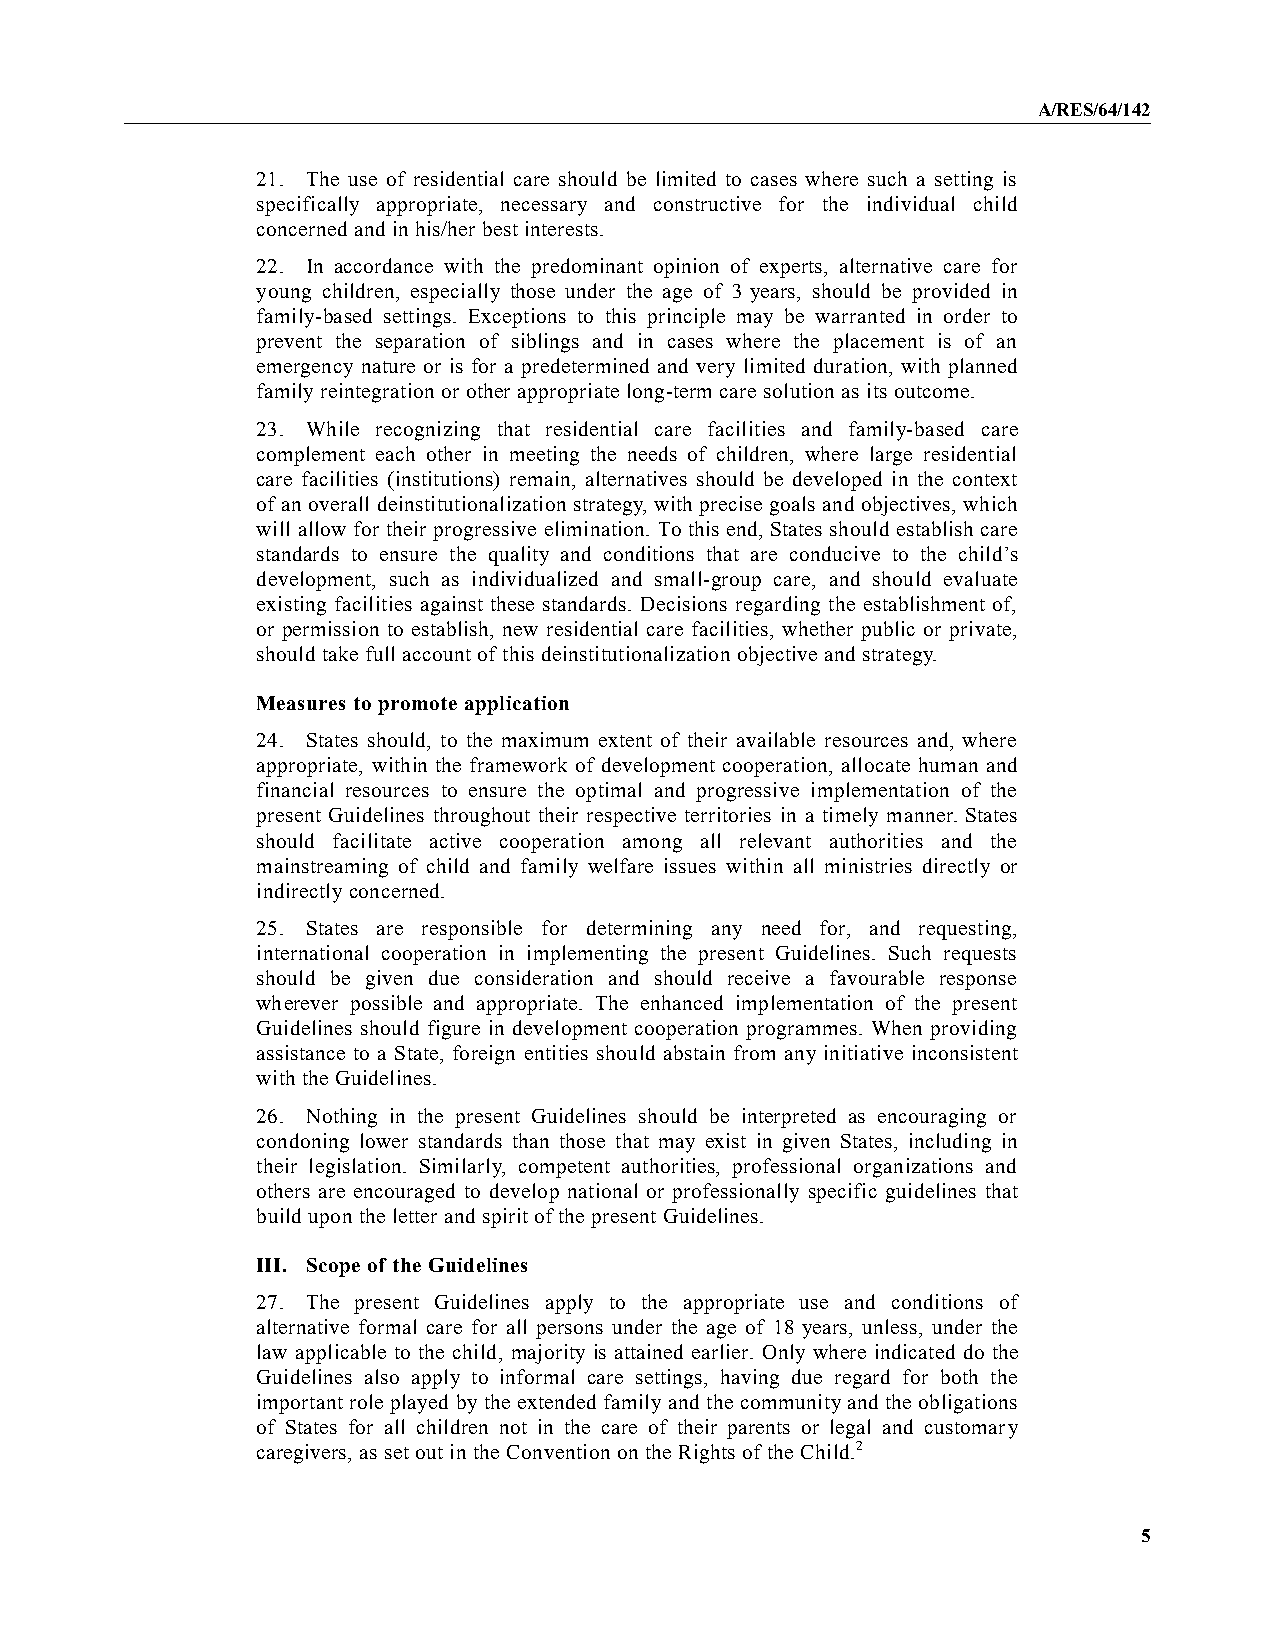
A/RES/64/142
 21. The use of residential care should be limited to cases where such a setting is
 specifically appropriate, necessary and constructive for the individual child
 concerned and in his/her best interests.
 22. In accordance with the predominant opinion of experts, alternative care for
 young children, especially those under the age of 3 years, should be provided in
 family-based settings. Exceptions to this principle may be warranted in order to
 prevent the separation of siblings and in cases where the placement is of an
 emergency nature or is for a predetermined and very limited duration, with planned
 family reintegration or other appropriate long-term care solution as its outcome.
 23. While recognizing that residential care facilities and family-based care
 complement each other in meeting the needs of children, where large residential
 care facilities (institutions) remain, alternatives should be developed in the context
 of an overall deinstitutionalization strategy, with precise goals and objectives, which
 will allow for their progressive elimination. To this end, States should establish care
 standards to ensure the quality and conditions that are conducive to the child’s
 development, such as individualized and small-group care, and should evaluate
 existing facilities against these standards. Decisions regarding the establishment of,
 or permission to establish, new residential care facilities, whether public or private,
 should take full account of this deinstitutionalization objective and strategy.
 Measures to promote application
 24. States should, to the maximum extent of their available resources and, where
 appropriate, within the framework of development cooperation, allocate human and
 financial resources to ensure the optimal and progressive implementation of the
 present Guidelines throughout their respective territories in a timely manner. States
 should facilitate active cooperation among all relevant authorities and the
 mainstreaming of child and family welfare issues within all ministries directly or
 indirectly concerned.
 25. States are responsible for determining any need for, and requesting,
 international cooperation in implementing the present Guidelines. Such requests
 should be given due consideration and should receive a favourable response
 wherever possible and appropriate. The enhanced implementation of the present
 Guidelines should figure in development cooperation programmes. When providing
 assistance to a State, foreign entities should abstain from any initiative inconsistent
 with the Guidelines.
 26. Nothing in the present Guidelines should be interpreted as encouraging or
 condoning lower standards than those that may exist in given States, including in
 their legislation. Similarly, competent authorities, professional organizations and
 others are encouraged to develop national or professionally specific guidelines that
 build upon the letter and spirit of the present Guidelines.
 III. Scope of the Guidelines
 27. The present Guidelines apply to the appropriate use and conditions of
 alternative formal care for all persons under the age of 18 years, unless, under the
 law applicable to the child, majority is attained earlier. Only where indicated do the
 Guidelines also apply to informal care settings, having due regard for both the
 important role played by the extended family and thecommunityand the obligations
 of States for all children not in the care of their parents or legal and customary
 caregivers, as set out in the Convention on the Rights of the Child.2
 5